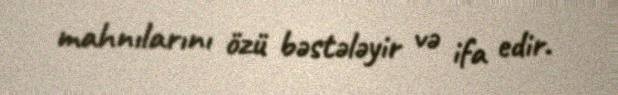
mahnılarını özü bəstələyir və ifa edir.